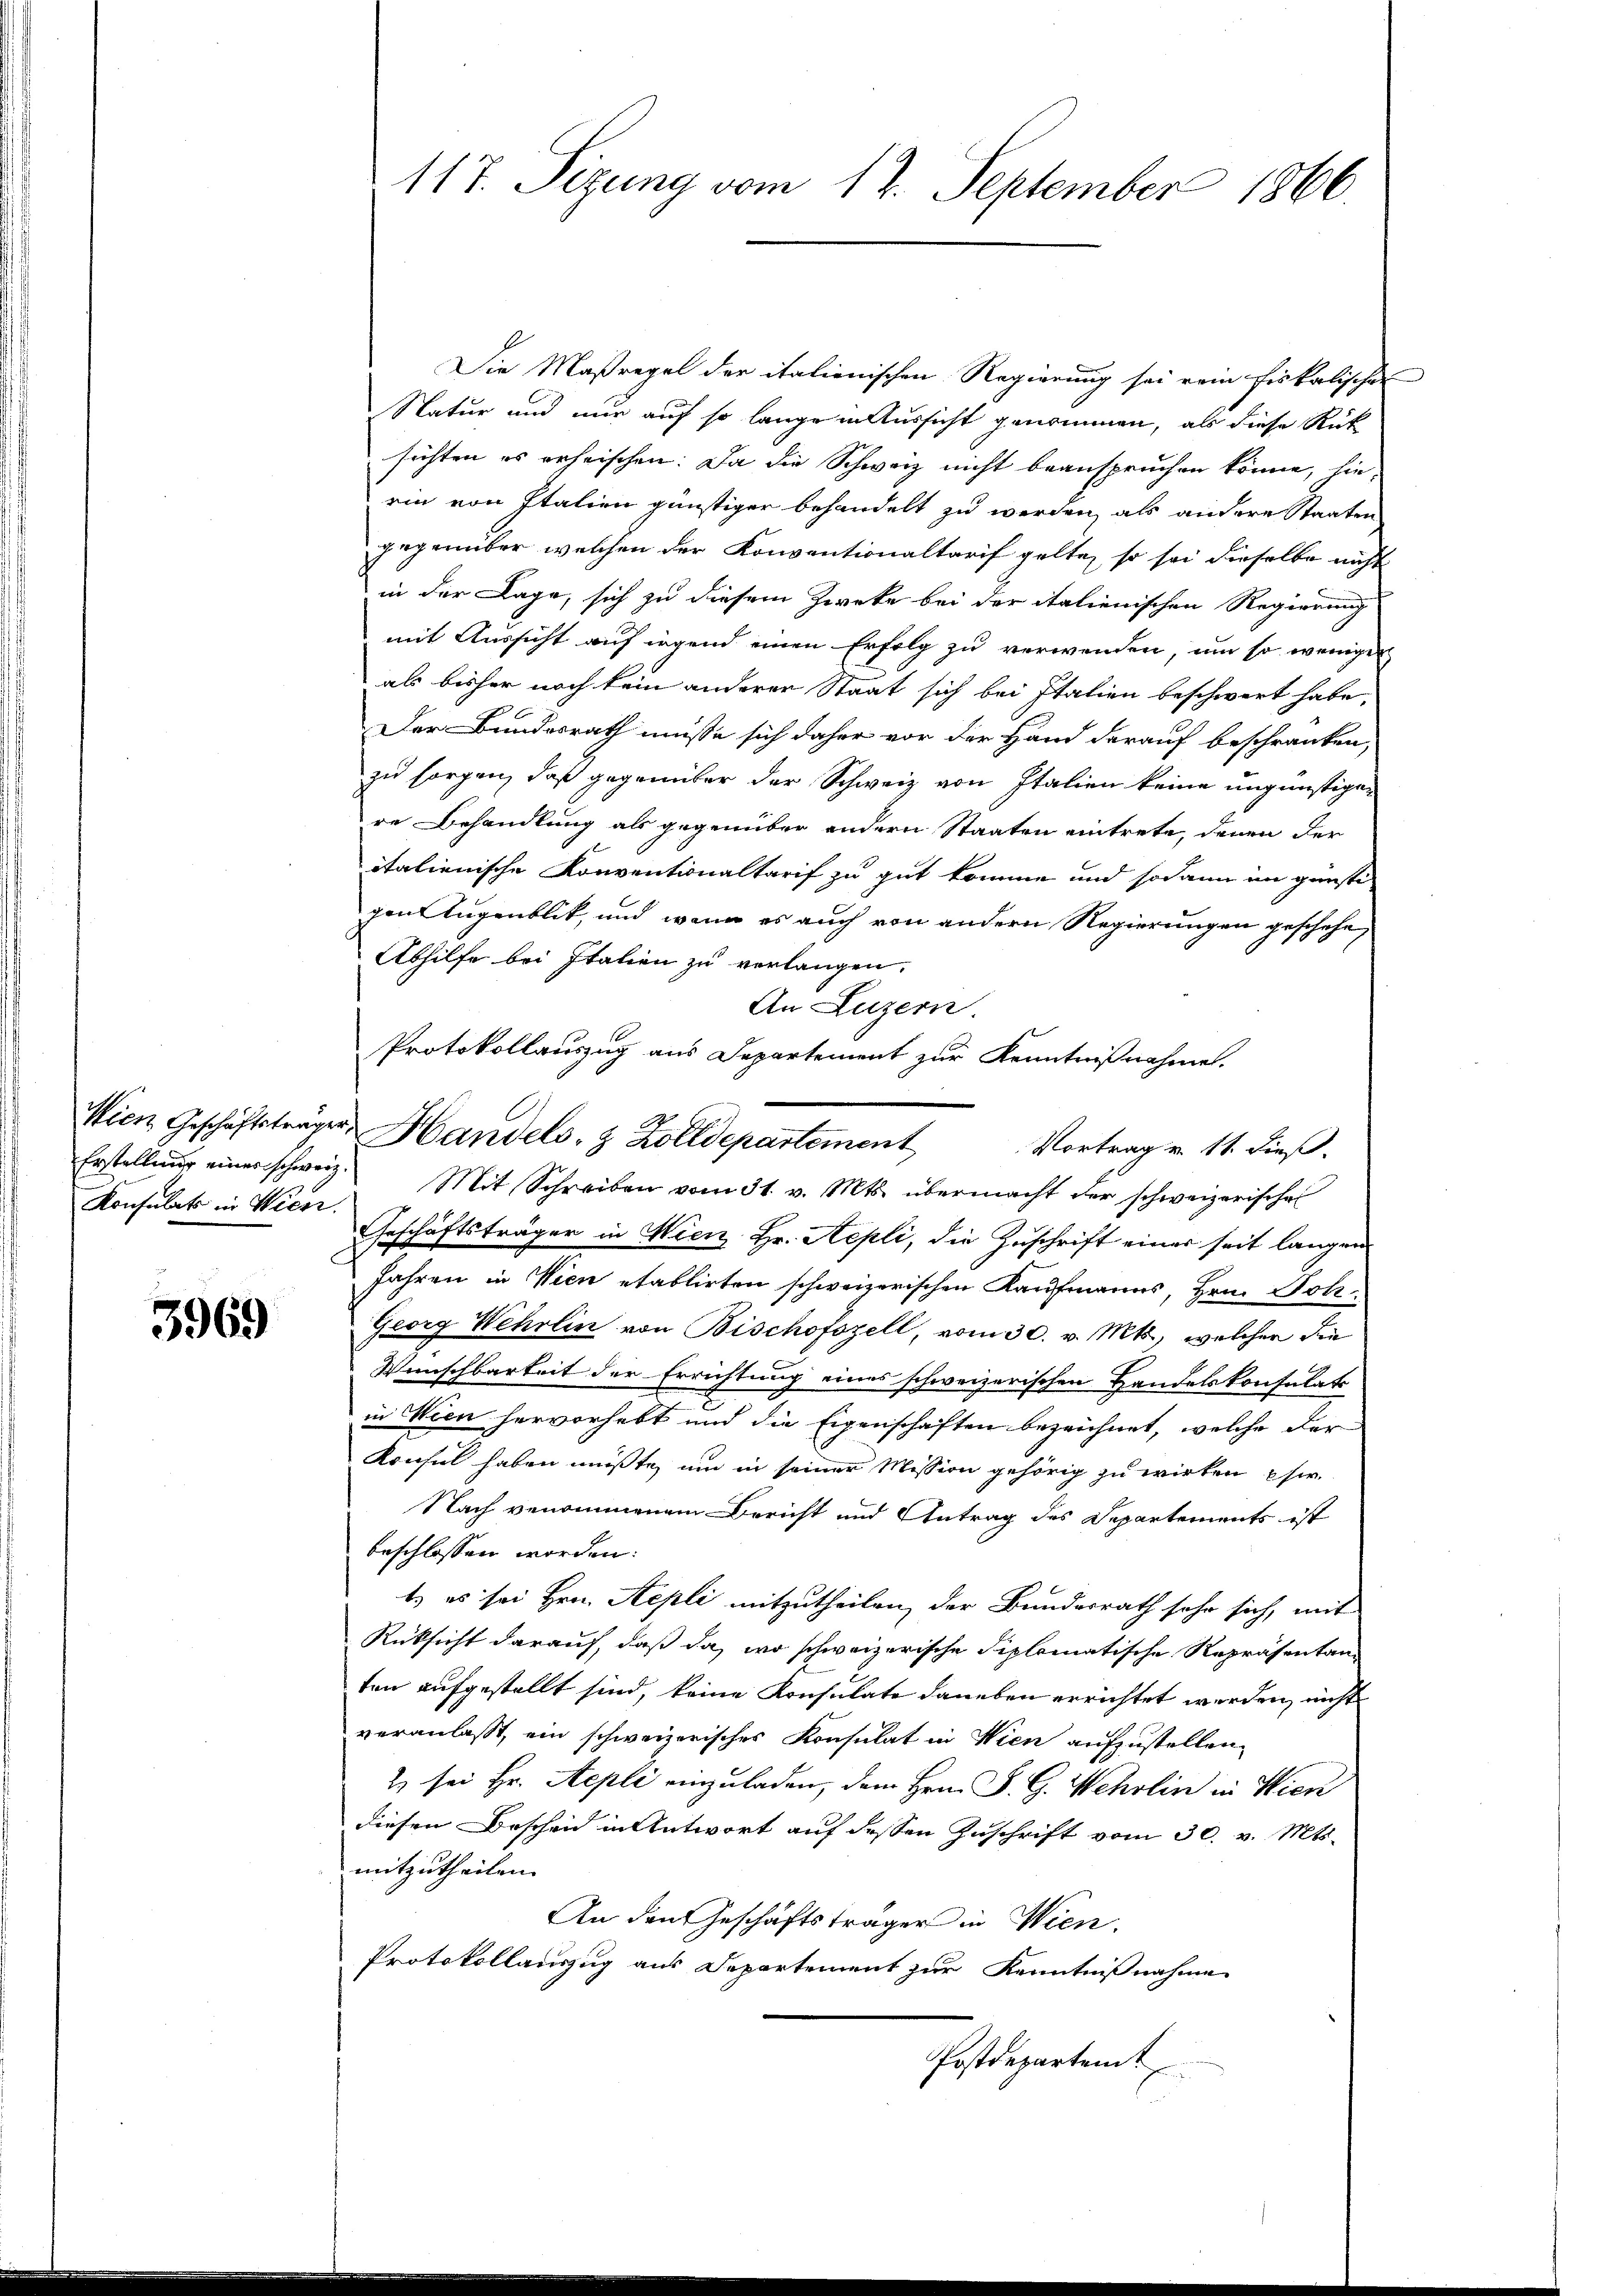
Konsulats in Wien.

3969

Die Maßregel der italienischen Regierung sei rein fiskalischen
Natur und nur auf so lange in Aussicht genommen, als diese Rück
sichten es erheischen. Da die Schweiz nicht beanspruchen könne, sie
rin von Italien günstiger behandelt zu werden, als andere Staaten
gegenüber welchen der Konventionaltarif gelte, so sei dieselbe nicht
in der Lage, sich zu diesem Zwecke bei der italienischen Regierung
mit Aussicht auf irgend einen Erfolg zu verwenden, um so weniger
als bisher noch kein anderer Staat sich bei Italien beschwert habe,
Der Bundesrath müsse sich daher vor der Hand darauf beschränken,
zu sorgen, daß gegenüber der Schweiz von Italien keine ungünstigen
re Behandlung als gegenüber andern Staaten eintrete, denen der
italienische Konventionaltarif zu gut komme und sodann im günsti-
gen Augenblik, und wenn es auch von andern Regierungen geschehe,
Abhilfe bei Italien zu verlangen.
An Luzern.
Protokollauszug aus Departement zur Kenntnißnahme.
Vortrag v. 11. dieß.
Erstellŭng eines schweiz. Mit Schreiben vom 31. v. Mts. übermacht der schweizerische
Geschäftsträger in Wienz Hr. Repli, die Zuschrift einer seit langen
Jahren in Vien etablirten schweizerischen Kaufmanns, Hrn. Joh
Georg Wehrlin von Bischofszell, vom 30. v. Mts., welcher die
Wünschbarkeit der Errichtung eines schweizerischen Handelskonsulati
in Wien hervorhebt und die Eigenschaften bezeichnet, welche der
Konsul haben müßte, um in seiner Mission gehörig zu wirken si
Nach genommenem Bericht und Antrag des Departements ist
beschlossen worden:
t es sei Hrn. Sepli mitzutheilen, der Bundesrath sehr sich, mit
Rüksicht darauf, daß da, wo schweizerische diplomatische Repräsentanten aufgestellt sind, keine Konsulate daneben errichtet werden, nicht
veranlaßt, ein schweizerisches Konsulat in Wien aufzustellen,
2 sei Hr. Sepli einzuladen, dem Hrn. P. G. Wehrlin in Wien
diesen Bescheid in Antwort auf dessen Zuschrift vom 30. v. Mts.
mitzutheilen. |
An den Geschäftsträger in Wien.
Protokollauszug aus Departement zur Kenntnißnahme
Postdepartemt

117. Sizung vom 12. September 1866.

Wien Geschäftsträger Handels- & Zolldepartement